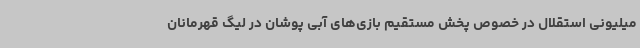
میلیونی استقلال در خصوص پخش مستقیم بازی‌های آبی پوشان در لیگ قهرمانان